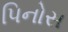
પિનોસ